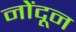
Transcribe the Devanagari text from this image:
नोंदून